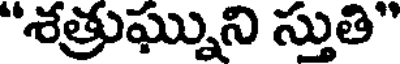
"శత్రుఘ్నుని స్తుతి"